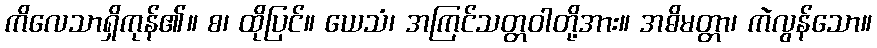
ကိလေသာရှိကုန်၏။ စ၊ ထိုပြင်။ ယေသံ၊ အကြင်သတ္တဝါတို့အား။ အဓိမတ္တာ၊ ကဲလွန်သော။